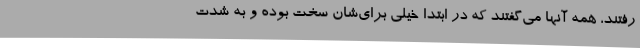
رفتند، همه آنها می‌گفتند که در ابتدا خیلی برای‌شان سخت بوده و به شدت